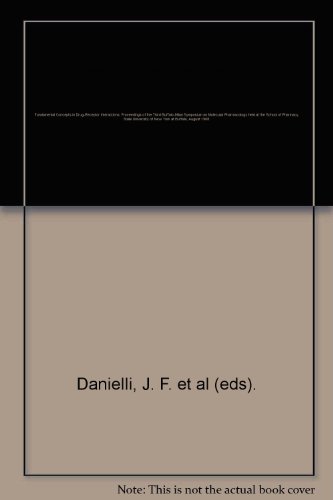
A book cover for Fundamental Concepts in Drug-Receptor Interactions: Proceedings of the Third Buffalo-Milan Symposium on Molecular Pharmacology held at the School of Pharmacy, State University of New York at Buffalo, August 1968.; J. F. et al (eds). Danielli; Medical Books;